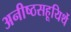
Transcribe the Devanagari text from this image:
अनीष्ठसहूयिर्थे